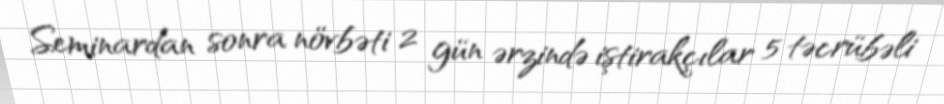
Seminardan sonra növbəti 2 gün ərzində iştirakçılar 5 təcrübəli